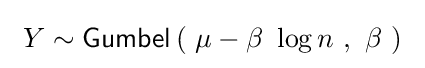
\ Y\sim {\textsf {Gumbel}}\left(\ \mu -\beta \ \log n\ ,\ \beta \ \right)~